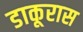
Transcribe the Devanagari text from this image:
डाकूरास